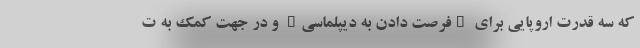
که سه قدرت اروپایی برای "فرصت دادن به دیپلماسی" و در جهت کمک به ت